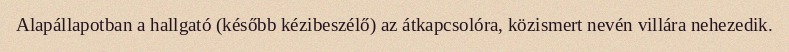
Alapállapotban a hallgató (később kézibeszélő) az átkapcsolóra, közismert nevén villára nehezedik.